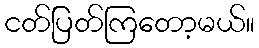
ငတ်ပြတ်ကြတော့မယ်။